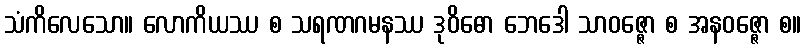
သံကိလေသော။ လောကိယဿ စ သရဏဂမနဿ ဒုဝိဓော ဘေဒေါ သာဝဇ္ဇော စ အနဝဇ္ဇော စ။